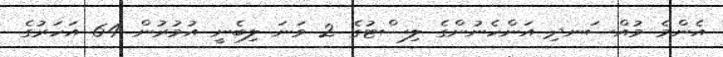
އެންމެ މުއްސަނދި އަންހެނުންގެ ލިސްޓުގެ 2 ވަނަ ލިބެނީ އުމުރުން 64 އަހަރުގެ